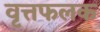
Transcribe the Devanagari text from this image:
वृत्तफलक